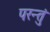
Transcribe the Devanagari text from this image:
परन्तुं